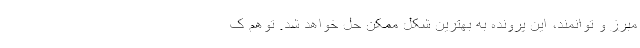
مبرز و توانمند، این پرونده به بهترین شکل ممکن حل خواهد شد. توهم ک